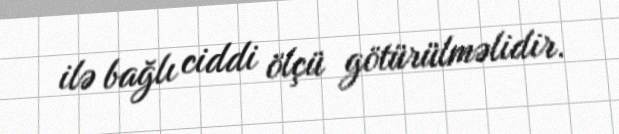
ilə bağlı ciddi ölçü götürülməlidir.